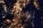
الاسنان